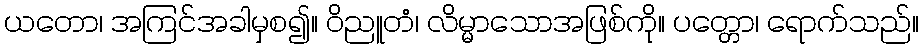
ယတော၊ အကြင်အခါမှစ၍။ ဝိညူတံ၊ လိမ္မာသောအဖြစ်ကို။ ပတ္တော၊ ရောက်သည်။